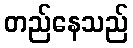
တည်နေသည်